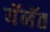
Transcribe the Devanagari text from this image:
यॅनॅत